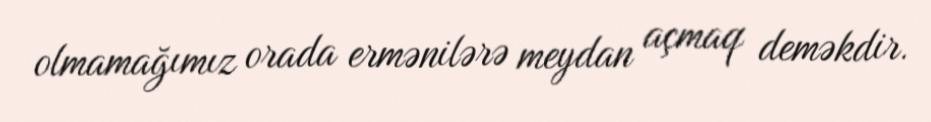
olmamağımız orada ermənilərə meydan açmaq deməkdir.